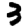
Digit: 3